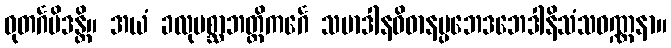
ဓုတင်္ဂမိဒန္တိ။ အယံ ခလုပစ္ဆာဘတ္တိကင်္ဂေ သမာဒါနဝိဓာနပ္ပဘေဒဘေဒါနိသံသဝဏ္ဏနာ။